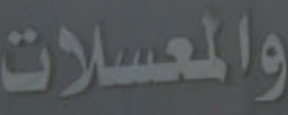
والمعسلات